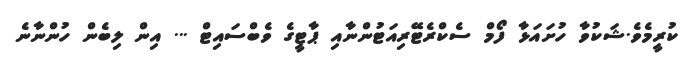
ކުރީމެވެ.ޝަކުވާ ހުށައަޅާ ފޯމް ސެކްރެޓޭރިއަޓުންނާއި ޕާޓީގެ ވެބްސައިޓް ... އިން ލިބެން ހުންނާނެ